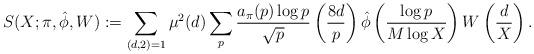
LaTeX: \begin{align*} S(X; \pi, \hat{\phi}, W) := \sum_{(d,2)=1}\mu^2(d)\sum_{p}\frac {a_{\pi}(p)\log p}{\sqrt {p}} \left( \frac{8d}{p} \right) \hat{\phi} \left( \frac {\log p}{M\log X}\right) W \left( \frac {d}{X} \right).\end{align*}